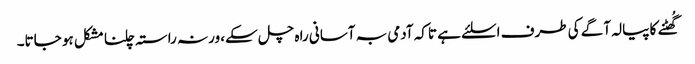
گُھٹنے کا پیالہ آگے کی طرف اسلئے ہے تاکہ آدمی بہ آسانی را ہ چل سکے، ورنہ راستہ چلنا مشکل ہو جاتا۔